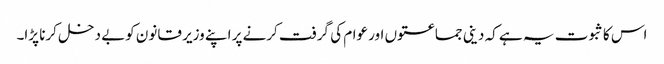
اس کا ثبوت یہ ہے کہ دینی جماعتوں اور عوام کی گرفت کرنے پر اپنے وزیر قانون کوبے دخل کرنا پڑا۔